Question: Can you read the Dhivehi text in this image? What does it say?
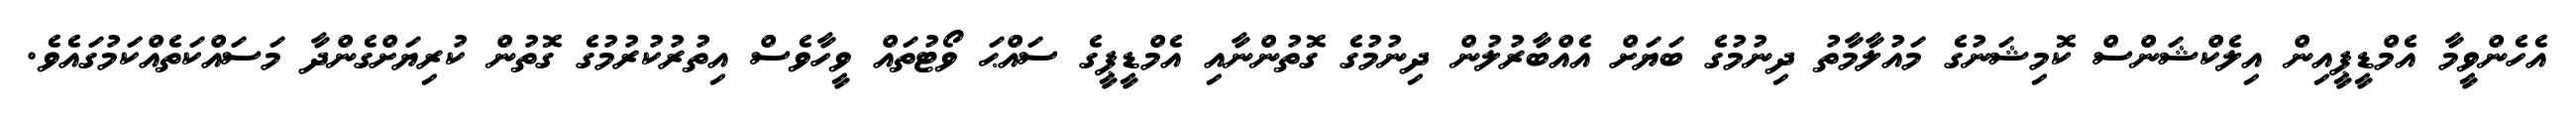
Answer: އެހެންވީމާ އެމްޑީޕީއިން އިލެކްޝަންސް ކޮމިޝަނުގެ މައުލާމާތު ދިނުމުގެ ބަޔަށް އެއްބާރުލުން ދިނުމުގެ ގޮތުންނާއި އެމްޑީޕީގެ ސައްޙަ ވޯޓުތައް ވީހާވެސް އިތުރުކުރުމުގެ ގޮތުން ކުރިޔަށްގެންދާ މަސައްކަތެއްކަމުގައެވެ.